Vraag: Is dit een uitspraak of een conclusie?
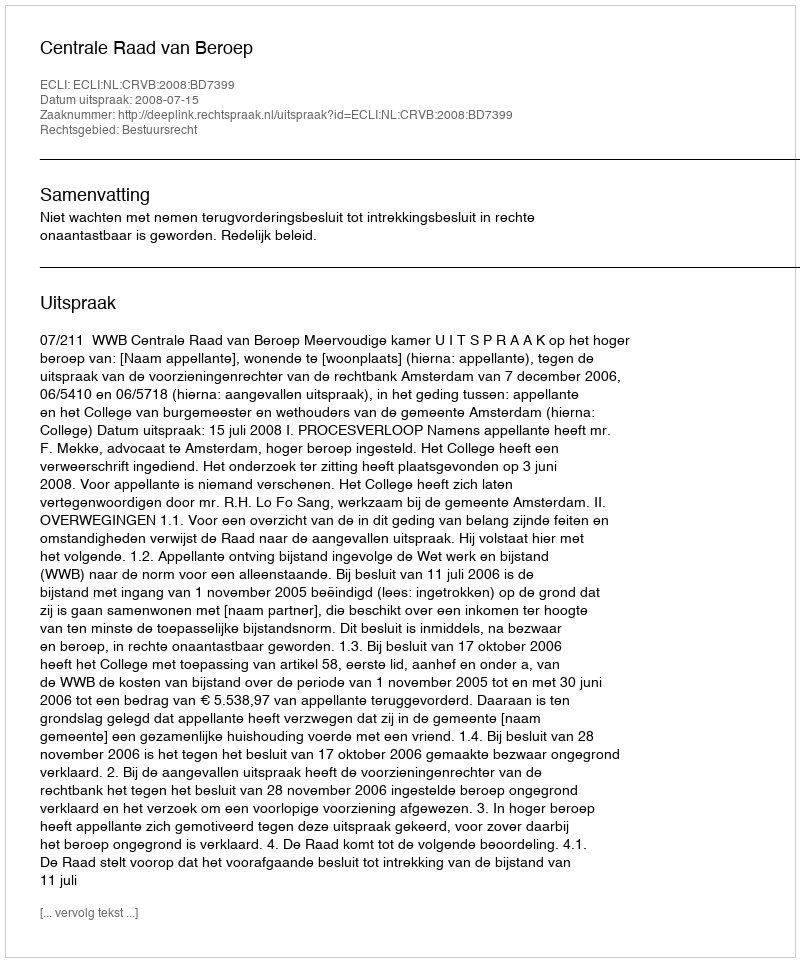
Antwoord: Uitspraak